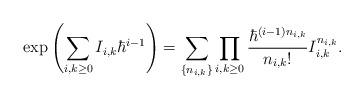
LaTeX: \begin{align*} \exp\left(\sum_{i, k \geq 0} I_{i, k} \hbar^{i - 1}\right) = \sum_{\{n_{i, k}\}} \prod_{i, k \geq 0} \frac{\hbar^{(i - 1)n_{i, k}}}{n_{i, k}!} I_{i, k}^{n_{i, k}}.\end{align*}